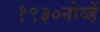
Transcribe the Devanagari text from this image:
१९३०नोव्हें